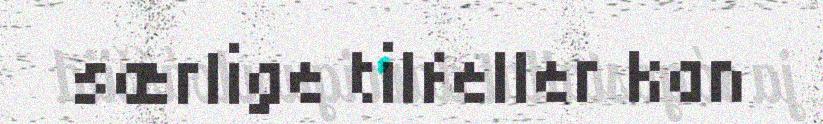
særlige tilfeller kan